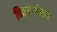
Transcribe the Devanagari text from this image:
विद्यार्थ्याँमधे